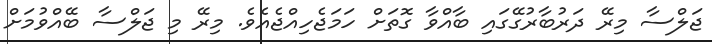
ޖަލްސާ މިރޭ ދަރުބާރުގޭގައި ބާއްވާ ގޮތަށް ހަމަޖެހިއްޖެއެވެ. މިރޭ މި ޖަލްސާ ބޭއްވުމަށް